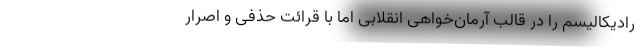
رادیکالیسم را در قالب آرمان‌خواهی انقلابی اما با قرائت حذفی و اصرار